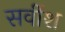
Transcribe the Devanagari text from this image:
सर्वीश